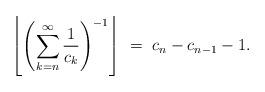
LaTeX: \begin{align*}\left\lfloor\left(\sum_{k = n}^{\infty} \frac{1}{c_{k}}\right)^{-1}\right\rfloor \ = \ c_{n}-c_{n-1}-1.\end{align*}